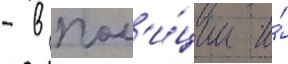
- в пол'и́ции и́